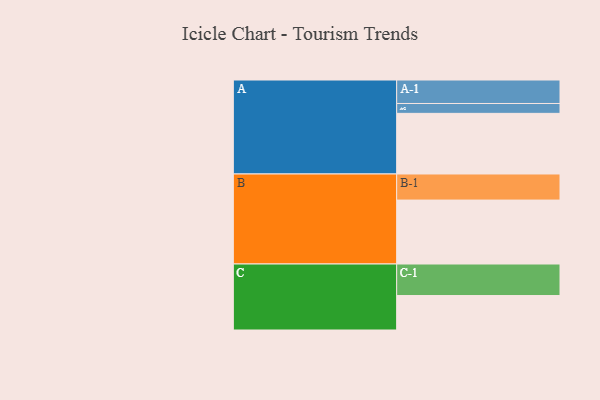
{"axis": {"x": "Segment", "y": "Value"}, "legend": ["", "A", "B", "C"], "data": [{"x": "A", "y": 565, "type": ""}, {"x": "B", "y": 596, "type": ""}, {"x": "C", "y": 321, "type": ""}, {"x": "A-1", "y": 219, "type": "A"}, {"x": "A-2", "y": 92, "type": "A"}, {"x": "B-1", "y": 243, "type": "B"}, {"x": "C-1", "y": 294, "type": "C"}]}